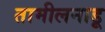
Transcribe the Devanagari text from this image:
तामीलनाडू